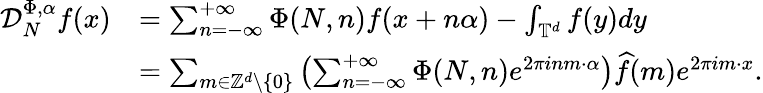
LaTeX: \begin{array}{rl}{\mathcal D_{N}^{\Phi,\alpha}f(x)}&{=\sum_{n=-\infty}^{+\infty}\Phi(N,n)f(x+n\alpha)-\int_{\mathbb{T}^{d}}f(y)dy}\\ &{=\sum_{m\in\mathbb{Z}^{d}\setminus\{ 0\} }\left(\sum_{n=-\infty}^{+\infty}\Phi(N,n)e^{2\pi inm\cdot\alpha}\right)\widehat{f}(m)e^{2\pi im\cdot x}.}\end{array}